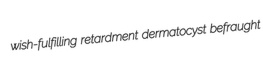
wish-fulfilling retardment dermatocyst befraught